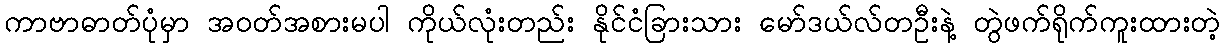
ကာဗာဓာတ်ပုံမှာ အဝတ်အစားမပါ ကိုယ်လုံးတည်း နိုင်ငံခြားသား မော်ဒယ်လ်တဦးနဲ့ တွဲဖက်ရိုက်ကူးထားတဲ့